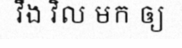
វឹង វិល មក ឲ្យ